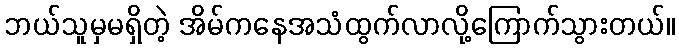
ဘယ်သူမှမရှိတဲ့ အိမ်ကနေအသံထွက်လာလို့ကြောက်သွားတယ်။